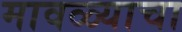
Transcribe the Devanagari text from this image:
मावळ्याचा